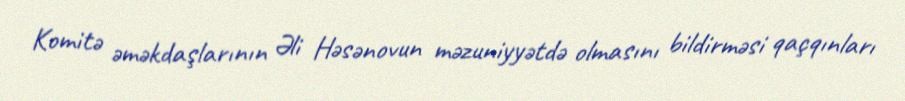
Komitə əməkdaşlarının Əli Həsənovun məzuniyyətdə olmasını bildirməsi qaçqınları